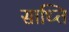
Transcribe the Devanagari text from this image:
साध्ति